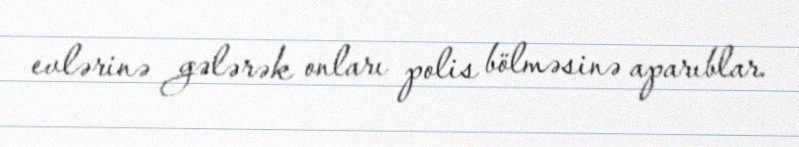
evlərinə gələrək onları polis bölməsinə aparıblar.